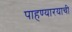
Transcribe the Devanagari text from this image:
पाहण्यारयाची